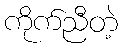
ကိုက်ညီတဲ့